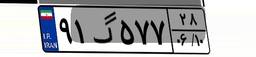
۹۱گ۵۷۷۲۸